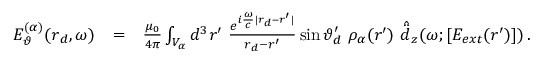
\begin{array} { r l r } { E _ { \vartheta } ^ { ( \alpha ) } ( \boldsymbol { r } _ { d } , \omega ) } & { = } & { \frac { \mu _ { 0 } } { 4 \pi } \int _ { V _ { \alpha } } d ^ { 3 } \boldsymbol { r } ^ { \prime } \, \, \frac { e ^ { i \frac { \omega } { c } | \boldsymbol { r } _ { d } - \boldsymbol { r } ^ { \prime } | } } { \boldsymbol { r } _ { d } - \boldsymbol { r } ^ { \prime } } \sin \vartheta _ { d } ^ { \prime } \, \, \rho _ { \alpha } ( \boldsymbol { r } ^ { \prime } ) \, \, \hat { \ddot { d } } _ { z } ( \omega ; [ E _ { e x t } ( \boldsymbol { r } ^ { \prime } ) ] ) \, . } \end{array}